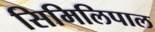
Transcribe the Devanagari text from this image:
सिमिलिपाल